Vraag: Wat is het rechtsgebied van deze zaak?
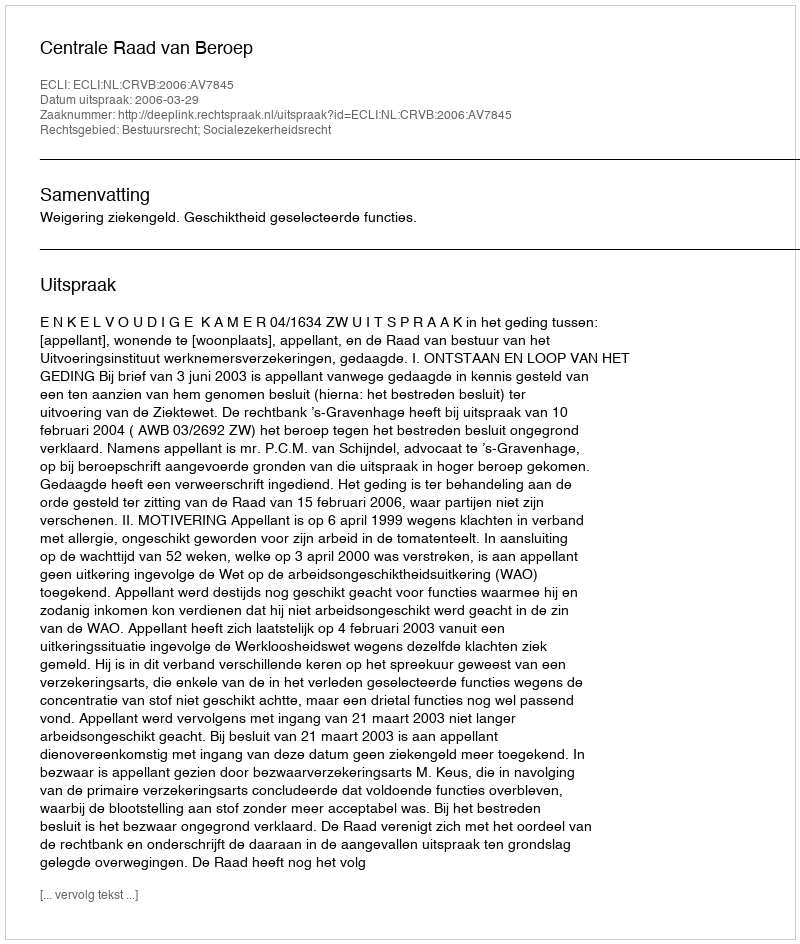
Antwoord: Bestuursrecht; Socialezekerheidsrecht